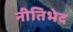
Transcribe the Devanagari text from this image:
नीतिभेद